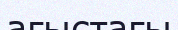
ағыстағы